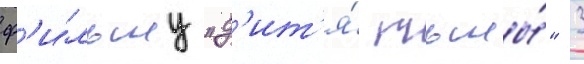
ф'и́льму "д'ит'я́ тьмы́" 3